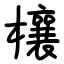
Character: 欀